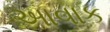
આવાક